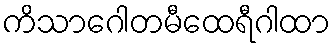
ကိသာဂေါတမီထေရီဂါထာ